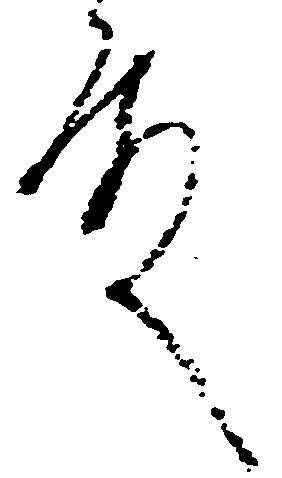
殿